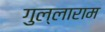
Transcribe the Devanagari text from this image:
गुल्लाराम